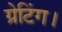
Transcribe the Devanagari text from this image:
ग्रेटिंग।